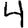
Digit: 4